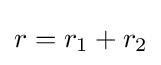
r=r_{1}+r_{2}